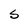
Character: S